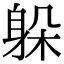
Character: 躲